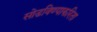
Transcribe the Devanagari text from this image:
सोडविण्याकरिता